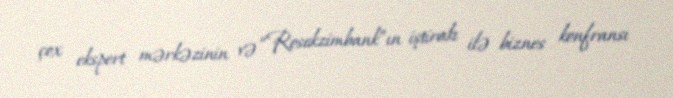
çox ekspert mərkəzinin və “Rosekzimbank”ın iştirakı ilə biznes konfransı